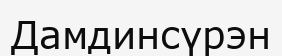
Дамдинсүрэн